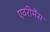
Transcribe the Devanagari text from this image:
एवरीमैंस